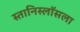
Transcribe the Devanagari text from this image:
स्तानिस्लॉसला